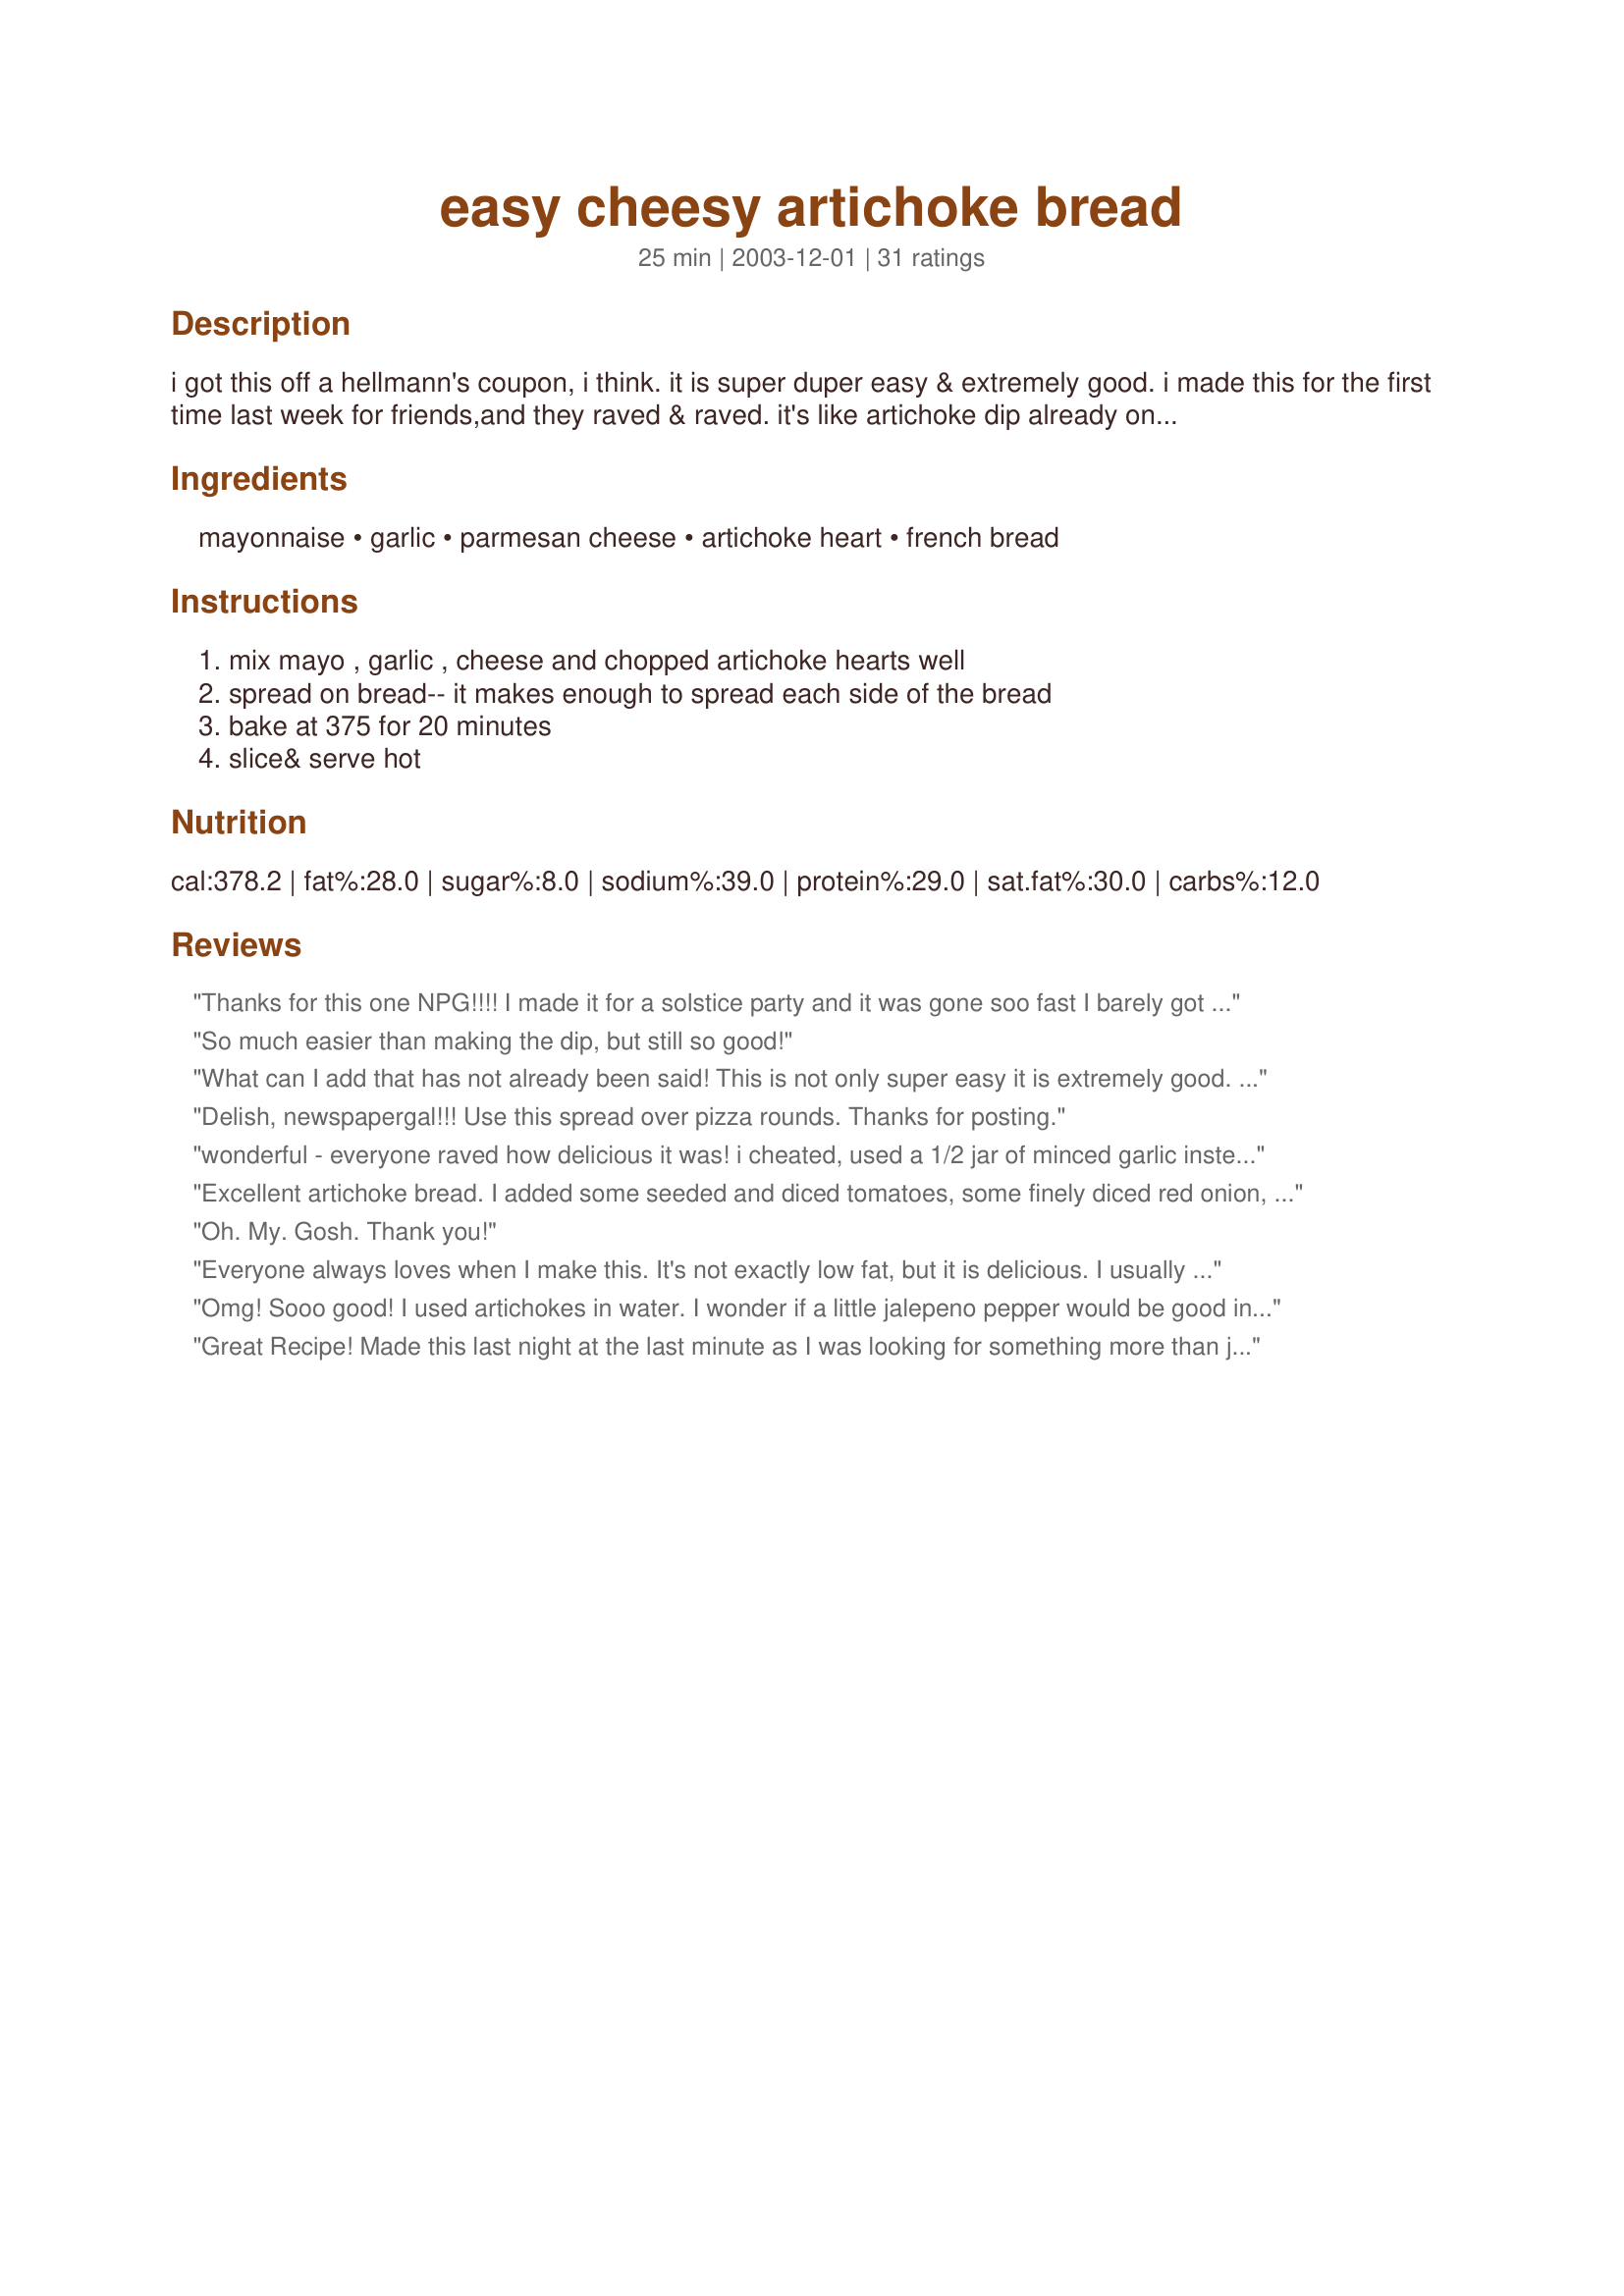
easy cheesy artichoke bread
Preparation time: 25 minutes

i got this off a hellmann's coupon, i think. it is super duper easy & extremely good. i made this for the first time last week for friends,and they raved & raved. it's like artichoke dip already on the bread! i liked it a bit broiled on top.

Ingredients:
mayonnaise, garlic, parmesan cheese, artichoke heart, french bread

Steps:
mix mayo , garlic , cheese and chopped artichoke hearts well, spread on bread-- it makes enough to spread each side of the bread, bake at 375 for 20 minutes, slice& serve hot

Reviews:
Thanks for this one NPG!!!! I made it for a solstice party and it was gone soo fast I barely got to eat any!!!! Next time I will double it! :-)
So much easier than making the dip, but still so good!
What can I add that has not already been said! This is not only super easy it is extremely good. What a great tasting hot appetizer to serve to guests. Definitely a keeper. Thank you for an appetizer recipe that is such a crowd pleaser.
Delish, newspapergal!!! Use this spread over pizza rounds. Thanks for posting.
wonderful - everyone raved how delicious it was!
i cheated, used a 1/2 jar of minced garlic instead of a fresh clove.
Excellent artichoke bread. I added some seeded and diced tomatoes, some finely diced red onion, and a handful of mozzarella cheese to the mixture before spreading it on the bread. This was well-received as an appy at a New Year's Eve party.
Oh. My. Gosh. Thank you!
Everyone always loves when I make this. It's not exactly low fat, but it is delicious. I usually use an italian blend of cheese instead of the parmesan. It comes out great!
Omg! Sooo good! I used artichokes in water. I wonder if a little jalepeno pepper would be good in there??? Thank you so much for the recipe!
Great Recipe! Made this last night at the last minute as I was looking for something more than just garlic bread. I used parmigiano reggiano and it turned out perfect! It IS like artichoke dip on bread! Thanks NPG for sharing!
Delicious and easy! Thanks for posting!
This was fabulous - everyone in the family loved it.
While I thought it was possibly one of the best things I have ever eaten, I had to watch it because it seemed very greasy --my tummy can't handle too much fat. No one else noticed though, so I am sure it is just me!
I will add this to my cookbook!
Thanks, KCShell
Very good! Really enjoyed it.
I made this for my husband's fantasy football draft party and the guys loved it! Took some to a Labor day cookout as well, and it disappeared! It was so easy to make! The only thing I changed was instead of adding the 2 cups grated parm., I used a parm/mozz mixture you can buy in 2 cup bags at the store....it worked great!
Great! Everyone loved it! Thanks!!!
Yummm, was wonderful, I used Chiabatta bread instead...
I used canned artichoke hearts in water instead of marinated artichokes. I also didn't have enough freshly grated so I added a bit of the old green canister and no one knew or noticed the difference... Just want to say though, I hate mayo and I loved this appetizer. Everyone else at the get-together loved it as well and everyone was asking me for the recipe.
Made for a party. These were really good. Thanks for submitting.
My family and I LOVED the recipe, but I did change the bread. I found a round loaf of sourdough bread, and cut it through the middle horizontally. I then hollowed each half our a little and put the artichoke mixture in the hollowed out halves. 

Once I cooked them a little to make the mixture melt, I let them completely cool and then cut them into wedges and cooked them again. Otherwise, if they were hot they were too hard to cut.

Thanks for the recipe!
This was a super tasty recipe as written. Once I make a recipe the way it is written, I try to healthy it up as much as possible. Here is what I did to this recipe and it still tasted fantastic. I used vegenaise (or Hellmann's olive oil mayo) I only used 3/4 cup of parmesan cheese and then substituted 1 and 1/4 cup shredded Soy-Sation mozzarella style for the rest of the parmesan. (A lot fewer calories, no sat or trans fat, no cholesterol, and way less sodium) Then I finished the rest of the spread according to directions. I spread a real light layer of this mix onto the bread (just enough to help the spinach stick) and then stuck raw spinach leaves onto the bread. I coated the spinach leaves with the rest of the cheese mixture. I topped the bread with sliced cherry tomatoes and chopped black olives and baked as directed with the exception of broiling for the last few minutes. This was so yummy. Thank you for the idea.
i made this tonight to accompany a pasta dish, as a change from the usual garlic bread, it was wonderfully delicious, i will definately be making this again and again..i am so glad you posted it
YUMMY - The only change I made was to use monterary jack cheese and to slice the bread instead of half.
Delicious! I used low fat mayo and whole wheat bread. Very tasty and would be great for a party. Also works if spread on individual pieces of toasted bread and then run into the stove to heat through.
YUMMY! Had this for dinner with rotissarie chicken from the store. A delicious and easy way to have an appetizer type food as part of dinner.
This recipe got mixed reviews from my family. Two of us liked it, and two didn't. The only problem we had with the recipe was that we could taste too much of the mayonnaise. Maybe next time I'll cut down the mayonnaise just so the mixture is spreadable enough, so we can taste more of the artichokes.
Very easy and very good.
this is a delicious bread that i make as a main course for myself. I just add a salad and a good glass of wine and it is a very filling meal. Easy to make, and had some of the mixture left over so i tossed it with some pasta noodles the next day and it was very good.
SO GOOD and RICH! I put the topping on some fresh sliced rosemary bread and browned it under the broiler, for just a few minutes (towards the end of the 20 minute cooking time) YUM! But for the 2 of us there is a lot left over...I hope it's still good in the microwave tomorrow!
Very easy recipe and tastes just great. The flavors blend wonderfully, I will definately be making this one again.
I have made this twice and it is SO easy. GREAT for unexpexted company as I usually have everthing on hand and you can throw it together in a flash! Thanks Newsgal!
Delicious! I used the marinated artichokes and halved the recipe for 2 people with some leftover for my husband to take to work.:)
